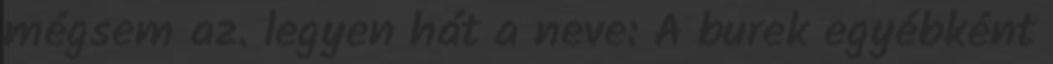
mégsem az. legyen hát a neve: A burek egyébként